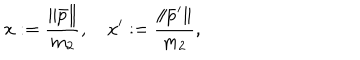
LaTeX: x : = \frac { \| \bar { p } \| } { m _ { 2 } } , \quad x ^ { \prime } : = \frac { \| \bar { p } ^ { \prime } \| } { m _ { 2 } } , \quad